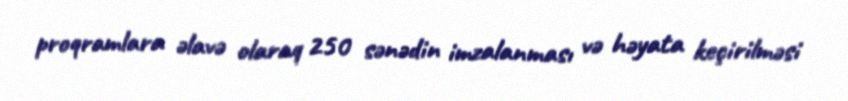
proqramlara əlavə olaraq 250 sənədin imzalanması və həyata keçirilməsi